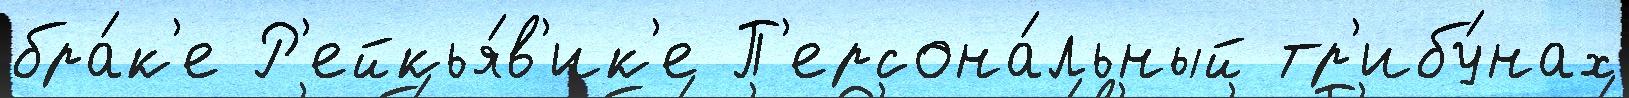
бра́к'е Р'ейкья́в'ик'е П'ерсона́льный тр'ибу́нах